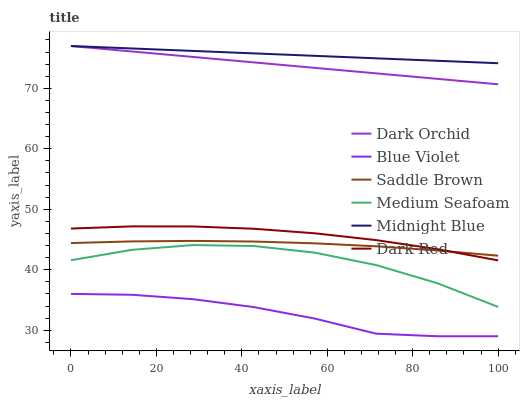
| xaxis_label | Dark Orchid | Blue Violet | Saddle Brown | Medium Seafoam | Midnight Blue | Dark Red |
 | --- | --- | --- | --- | --- | --- | --- |
 | 0 | 77 | 36 | 44.4 | 41.6 | 77 | 46.8 |
 | 14.3 | 76.1 | 35.9 | 44.7 | 43.3 | 76.6 | 47.2 |
 | 28.6 | 75.2 | 35.1 | 44.8 | 44.1 | 76.2 | 47.2 |
 | 42.9 | 74.3 | 33.8 | 44.7 | 43.9 | 75.8 | 46.8 |
 | 57.1 | 73.4 | 31.9 | 44.4 | 42.8 | 75.4 | 46 |
 | 71.4 | 72.5 | 29.4 | 43.9 | 40.8 | 75 | 44.9 |
 | 85.7 | 71.6 | 29 | 43.2 | 37.8 | 74.6 | 43.4 |
 | 100 | 70.7 | 29 | 42.3 | 33.9 | 74.2 | 41.5 |